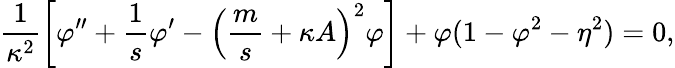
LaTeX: \frac{1}{\kappa^{2}}\left[\varphi^{\prime\prime}+\frac{1}{s}\varphi^{\prime}-\left(\frac{m}{s}+\kappa A\right)^{2}\varphi\right]+\varphi(1-\varphi^{2}-\eta^{2})=0,